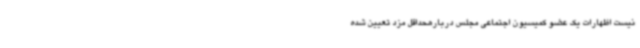
نیست اظهارات یک عضو کمیسیون اجتماعی مجلس دربارهحداقل مزد تعیین شده